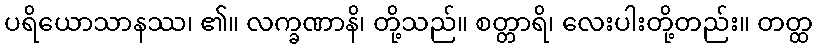
ပရိယောသာနဿ၊ ၏။ လက္ခဏာနိ၊ တို့သည်။ စတ္တာရိ၊ လေးပါးတို့တည်း။ တတ္ထ